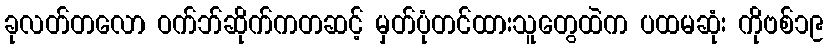
ခုလတ်တလော ဝက်ဘ်ဆိုက်ကတဆင့် မှတ်ပုံတင်ထားသူတွေထဲက ပထမဆုံး ကိုဗစ်၁၉